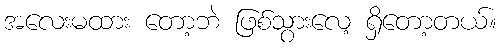
အလေးမထား တော့ဘဲ ဖြစ်သွားလေ့ ရှိတော့တယ်။